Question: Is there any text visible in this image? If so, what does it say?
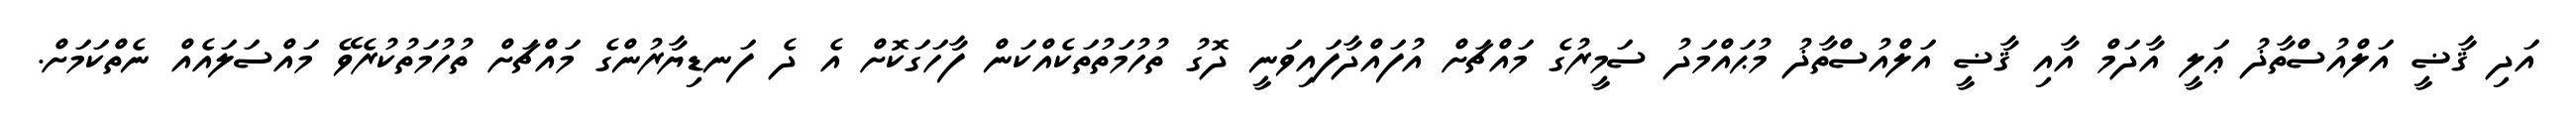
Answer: އަދި ޤާޟީ އަލްއުސްތާޛު ޢަލީ އާދަމް އާއި ޤާޟީ އަލްއުސްތާޛު މުޙައްމަދު ސަމީރުގެ މައްޗަށް އުފައްދާފައިވަނީ ދޮގު ތުހުމަތުތަކެއްކަން ފާހަގަކޮށް އެ ދެ ފަނޑިޔާރުންގެ މައްޗަށް ތުހުމަތުކުރެވޭ މައްސަލައެއް ނެތްކަމަށް.